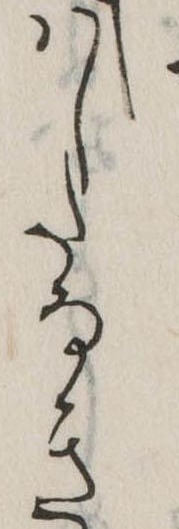
はしたなき